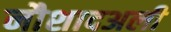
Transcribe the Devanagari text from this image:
नौशादअली